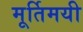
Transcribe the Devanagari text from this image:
मूर्तिमयी